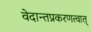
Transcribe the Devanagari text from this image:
वेदान्तप्रकरणत्वात्